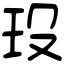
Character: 𤣻